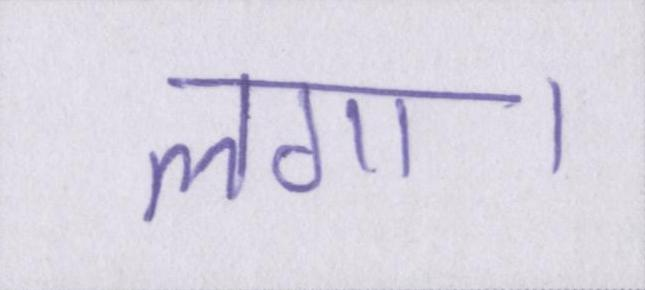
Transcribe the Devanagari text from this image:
लगा।